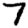
Digit: 7